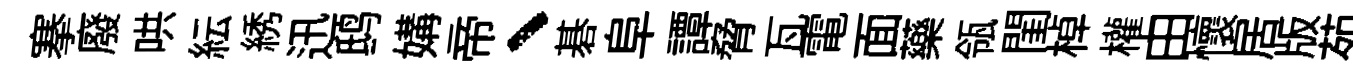
搴廢哄紜綉迅鸱媾帝、碁阜譚脅瓦電面藥瓴閨棹權由懷居版苑